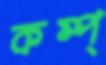
কম্প্